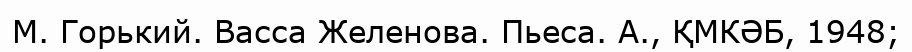
М. Горький. Васса Желенова. Пьеса. А., ҚМКӘБ, 1948;